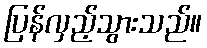
ပြန်လှည့်သွားသည်။